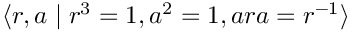
\langle r , a \mid r ^ { 3 } = 1 , a ^ { 2 } = 1 , a r a = r ^ { - 1 } \rangle